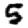
Digit: 5